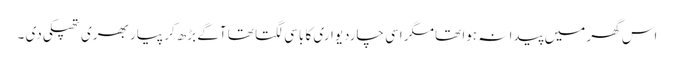
اس گھر میں پیدا نہ ہوا تھا مگر اسی چاردیواری کا باسی لگتا تھا آگے بڑھ کر پیار بھری تھپکی دی ۔